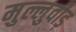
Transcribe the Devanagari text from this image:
मुल्लुवीड़